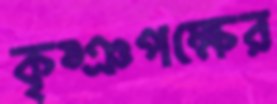
কৃষ্ঞপক্ষের